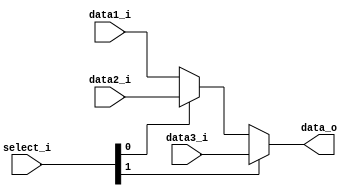
module MUX3 
(
   data1_i,
   data2_i,
   data3_i,
   select_i,
   data_o
);

input	[31:0]		data1_i;
input	[31:0]		data2_i;
input	[31:0]		data3_i;
input	[1:0]			select_i;
output 	[31:0]		data_o;

reg 	[31:0]		data_o;

always@(*) begin
    if(select_i[1]) begin
        data_o = data3_i;
    end
    else if(select_i[0]) begin
        data_o = data2_i;
    end
    else begin
		data_o = data1_i; 
    end
end

endmodule